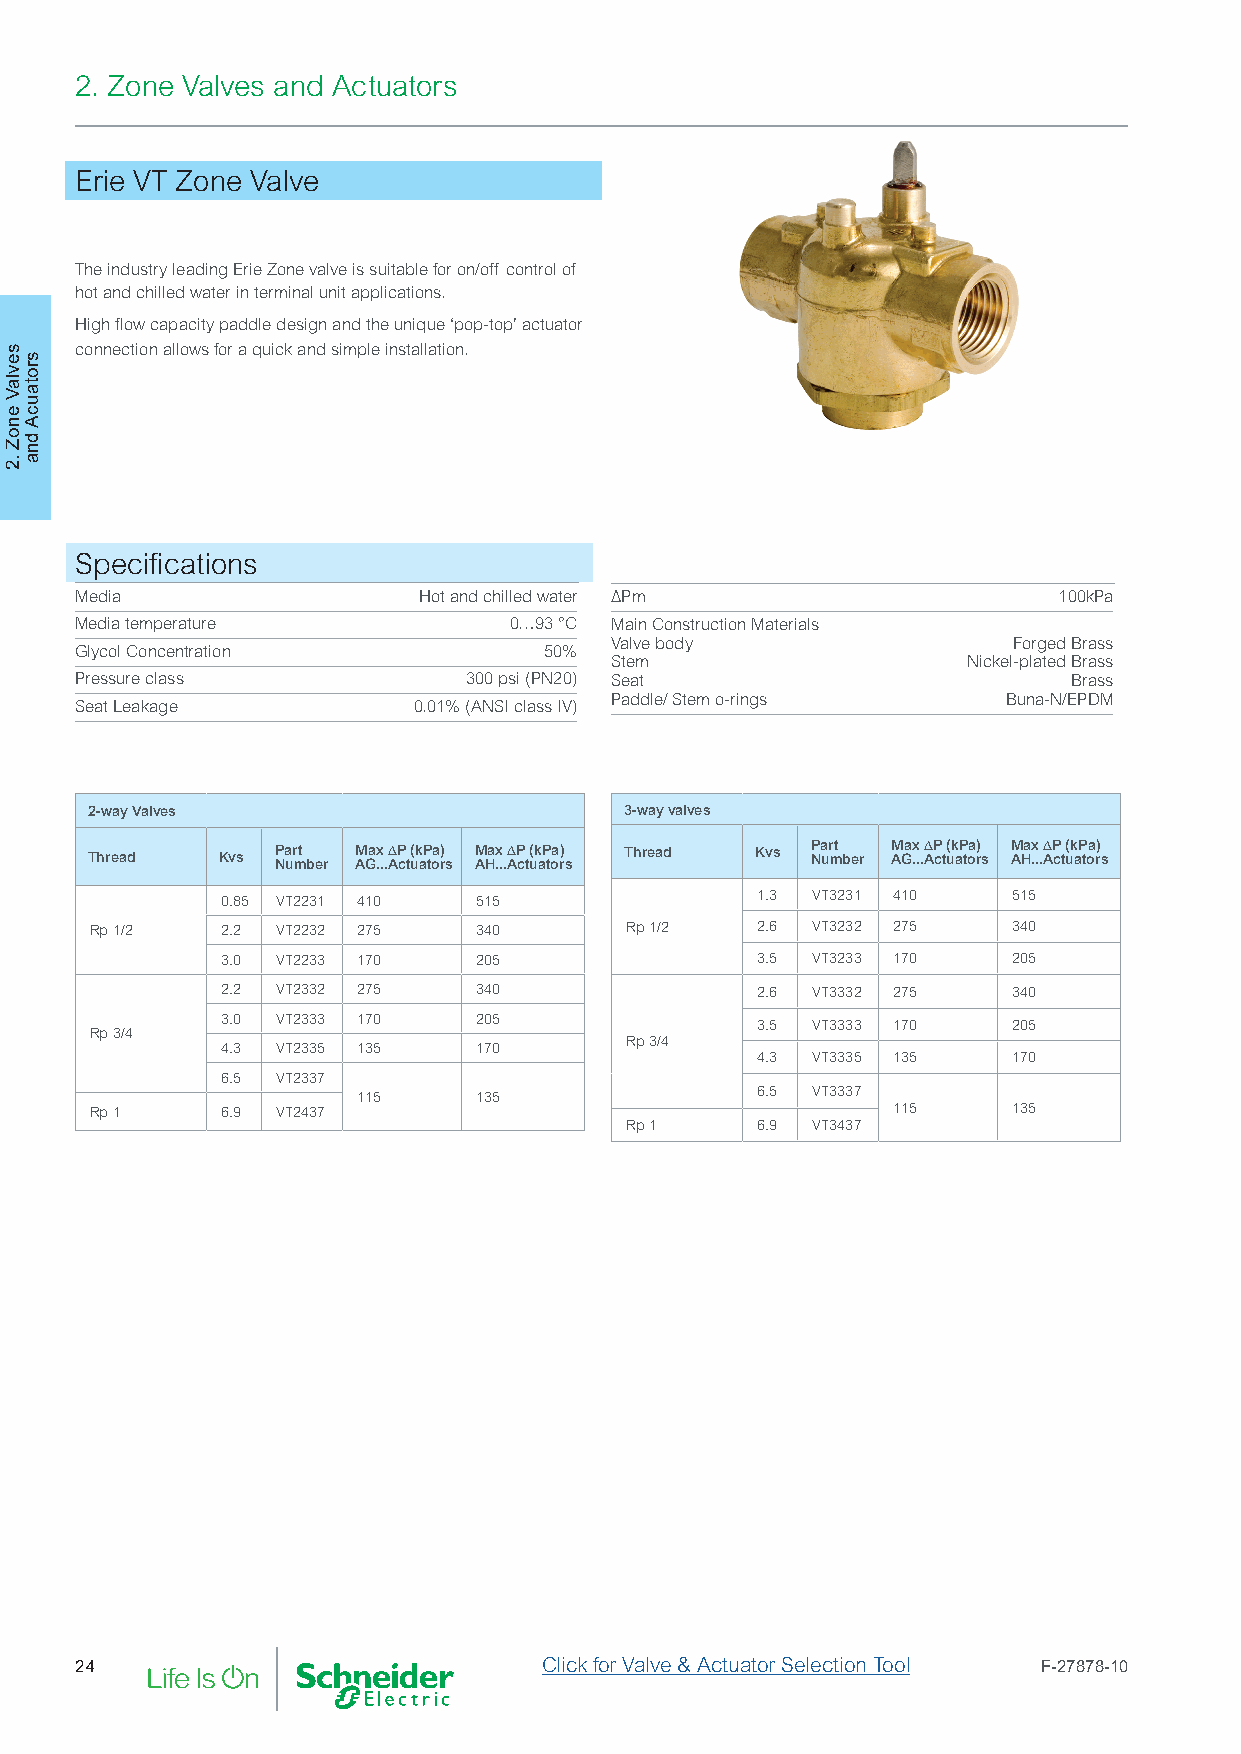
2. Zone Valves and Actuators
 Erie VT Zone Valve
 The industry leading Erie Zone valve is suitable for on/off control of
 hot and chilled water in terminal unit applications.
 High flow capacity paddle design and the unique ‘pop-top’ actuator
 connection allows for a quick and simple installation.
 Specifications
 Media                  Hot and chilled water ∆Pm                 100kPa
 Media temperature            0…93 °C Main Construction Materials
 Valve body                 Forged Brass
 Glycol Concentration           50%
 Stem                    Nickel-plated Brass
 Pressure class            300 psi (PN20) Seat                     Brass
 Paddle/ Stem o-rings       Buna-N/EPDM
 Seat Leakage          0.01% (ANSI class IV)
 2-way Valves                       3-way valves
 Thread   Kvs P Na ur mt ber M AGa .x . .∆ AP ct u(k aP toa r) s M AHax .. .∆ AP ct ( uk aP toa r) s Thread Kvs P Na ur mt ber M AGa .x . .∆ AP ct u(k aP toa r) s M AHax .. .∆ AP ct ( uk aP toa r) s
 0.85 VT2231 410 515                1.3 VT3231 410   515
 Rp 1/2   2.2 VT2232 275  340       Rp 1/2   2.6 VT3232 275   340
 3.0 VT2233 170  205                3.5 VT3233 170   205
 2.2 VT2332 275  340                2.6 VT3332 275   340
 3.0 VT2333 170  205                3.5 VT3333 170   205
 Rp 3/4
 Rp 3/4
 4.3 VT2335 135  170
 4.3 VT3335 135   170
 6.5 VT2337
 115    135                6.5 VT3337
 Rp 1     6.9 VT2437                                  115     135
 Rp 1     6.9 VT3437
 24                             Click for Valve & Actuator Selection Tool F-27878-10
 sevlaV
 enoZ
 .2
 srotaucA
 dna